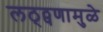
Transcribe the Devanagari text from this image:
लठ्ठ्पणामुळे